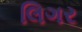
લિગર